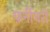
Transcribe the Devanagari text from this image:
फ़र्नीचरों